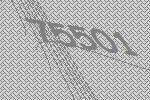
75501